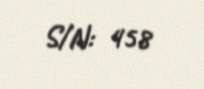
S/N: 458